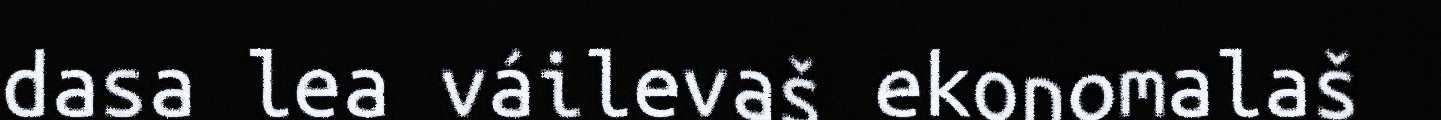
dasa lea váilevaš ekonomalaš